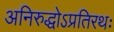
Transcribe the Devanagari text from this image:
अनिरुद्धोऽप्रतिरथः